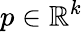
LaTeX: p\in\mathbb{R}^{k}